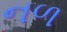
નળ